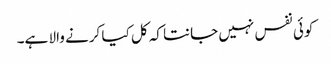
کوئی نفس نہیں جانتا کہ کل کیا کرنے والا ہے۔